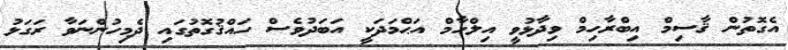
އެގޮތުން ޤާސިމް އިބްރާހިމް ވިދާޅުވީ އިލްހާމް އަޙްމަދަކީ އަބަދުވެސް ހައްޤުގޮތުގައި ދެމިހުންނަވާ ރަގަޅު